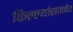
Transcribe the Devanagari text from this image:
किल्ल्यांसमवेत